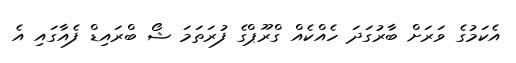
އެކަމުގެ ވަރަށް ބާރުގަދަ ހެއްކެއް ގްރޫޕްގެ ފުރަތަމަ ޝޯ ބްރައިޑް ފެއާގައި އެ